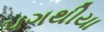
પગથીયા